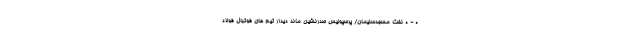
0 - 0 نفت مسجدسلیمان/ پرسپولیس صدرنشین ماند دیدار تیم های فوتبال فولاد